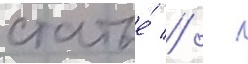
статье́